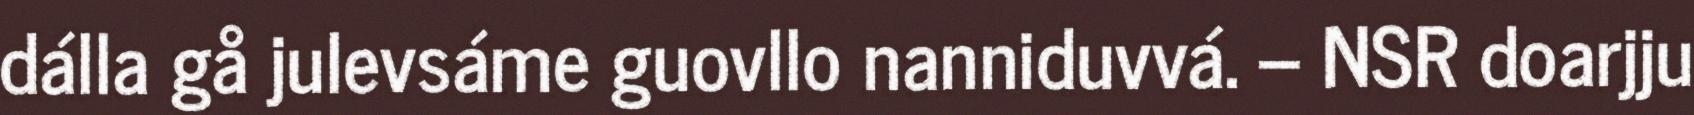
dálla gå julevsáme guovllo nanniduvvá. – NSR doarjju